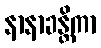
နာနာခန္တိကာ